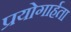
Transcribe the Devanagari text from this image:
प्रयोगार्हता